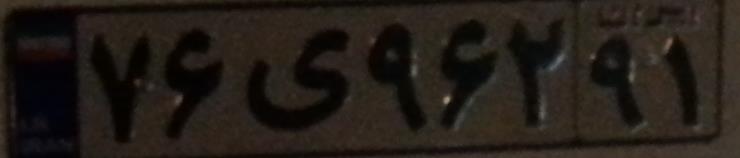
۷۶ی۹۶۲۹۱